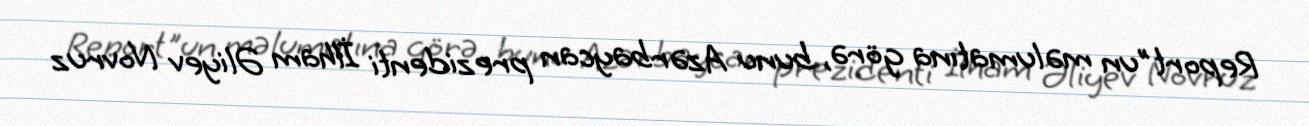
Report"un məlumatına görə, bunu Azərbaycan prezidenti İlham Əliyev Novruz